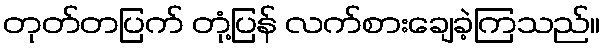
တုတ်တပြက် တုံ့ပြန် လက်စားချေခဲ့ကြသည်။